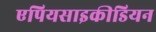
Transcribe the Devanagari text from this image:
एपियसाइकीडियन